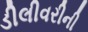
ડીલીવરીની